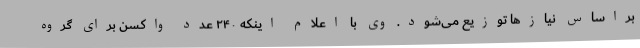
براساس نیازها توزیع می‌شود. وی با اعلام اینکه ۲۴۰ عدد واکسن برای گروه